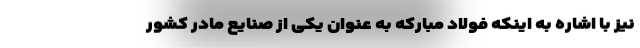
نیز با اشاره به اینکه فولاد مبارکه به عنوان یکی از صنایع مادر کشور